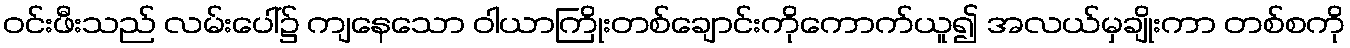
ဝင်းဖီးသည် လမ်းပေါ်၌ ကျနေသော ဝါယာကြိုးတစ်ချောင်းကိုကောက်ယူ၍ အလယ်မှချိုးကာ တစ်စကို